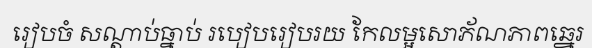
រៀបចំ សណ្តាប់ធ្នាប់ របៀបរៀបរយ កែលម្អសោភ័ណភាពឆ្នេរ